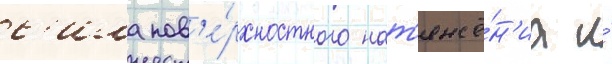
с'ила пов'е́рхностного нат'яже́н'иа и́